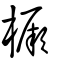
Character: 橛